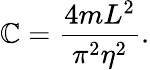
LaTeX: \mathbb{C}=\frac{{4mL^{2}}}{{\pi^{2}\eta^{2}}}.